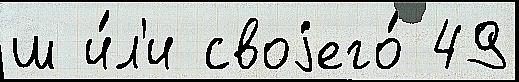
ш и́л'и своjего́ 49